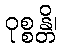
ဝုစ္စန္တိ၊